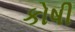
કોષી